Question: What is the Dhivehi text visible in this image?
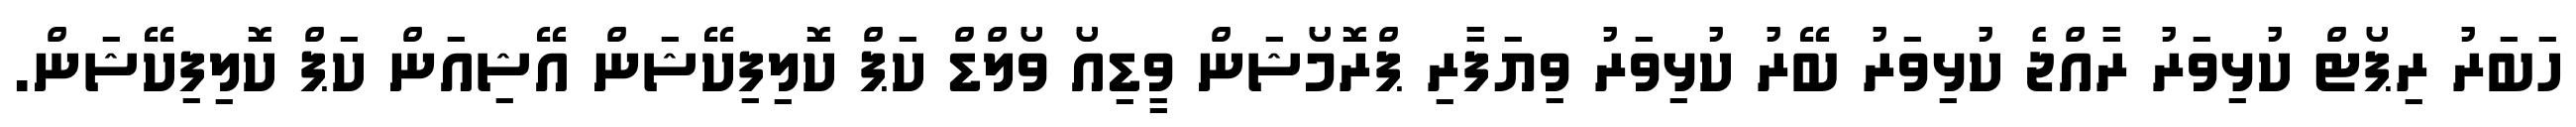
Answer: ހަބަރު ރިޕޯޓް ކުޅިވަރު ރާއްޖެ ކުޅިވަރު ބޭރު ކުޅިވަރު ވިޔަފާރި ޕްރޮމޯޝަން ވީޑިއޯ ވޯލްޑް ކަޕް ކޮލިފިކޭޝަން އޭޝިއަން ކަޕް ކޮލިފިކޭޝަން.